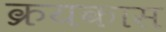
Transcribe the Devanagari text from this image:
क्रयकास